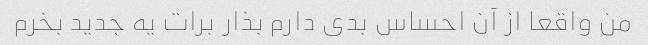
من واقعا از آن احساس بدی دارم بذار برات یه جدید بخرم